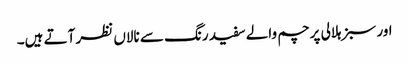
اور سبز ہلالی پرچم والے سفید رنگ سے نالاں نظر آتے ہیں۔